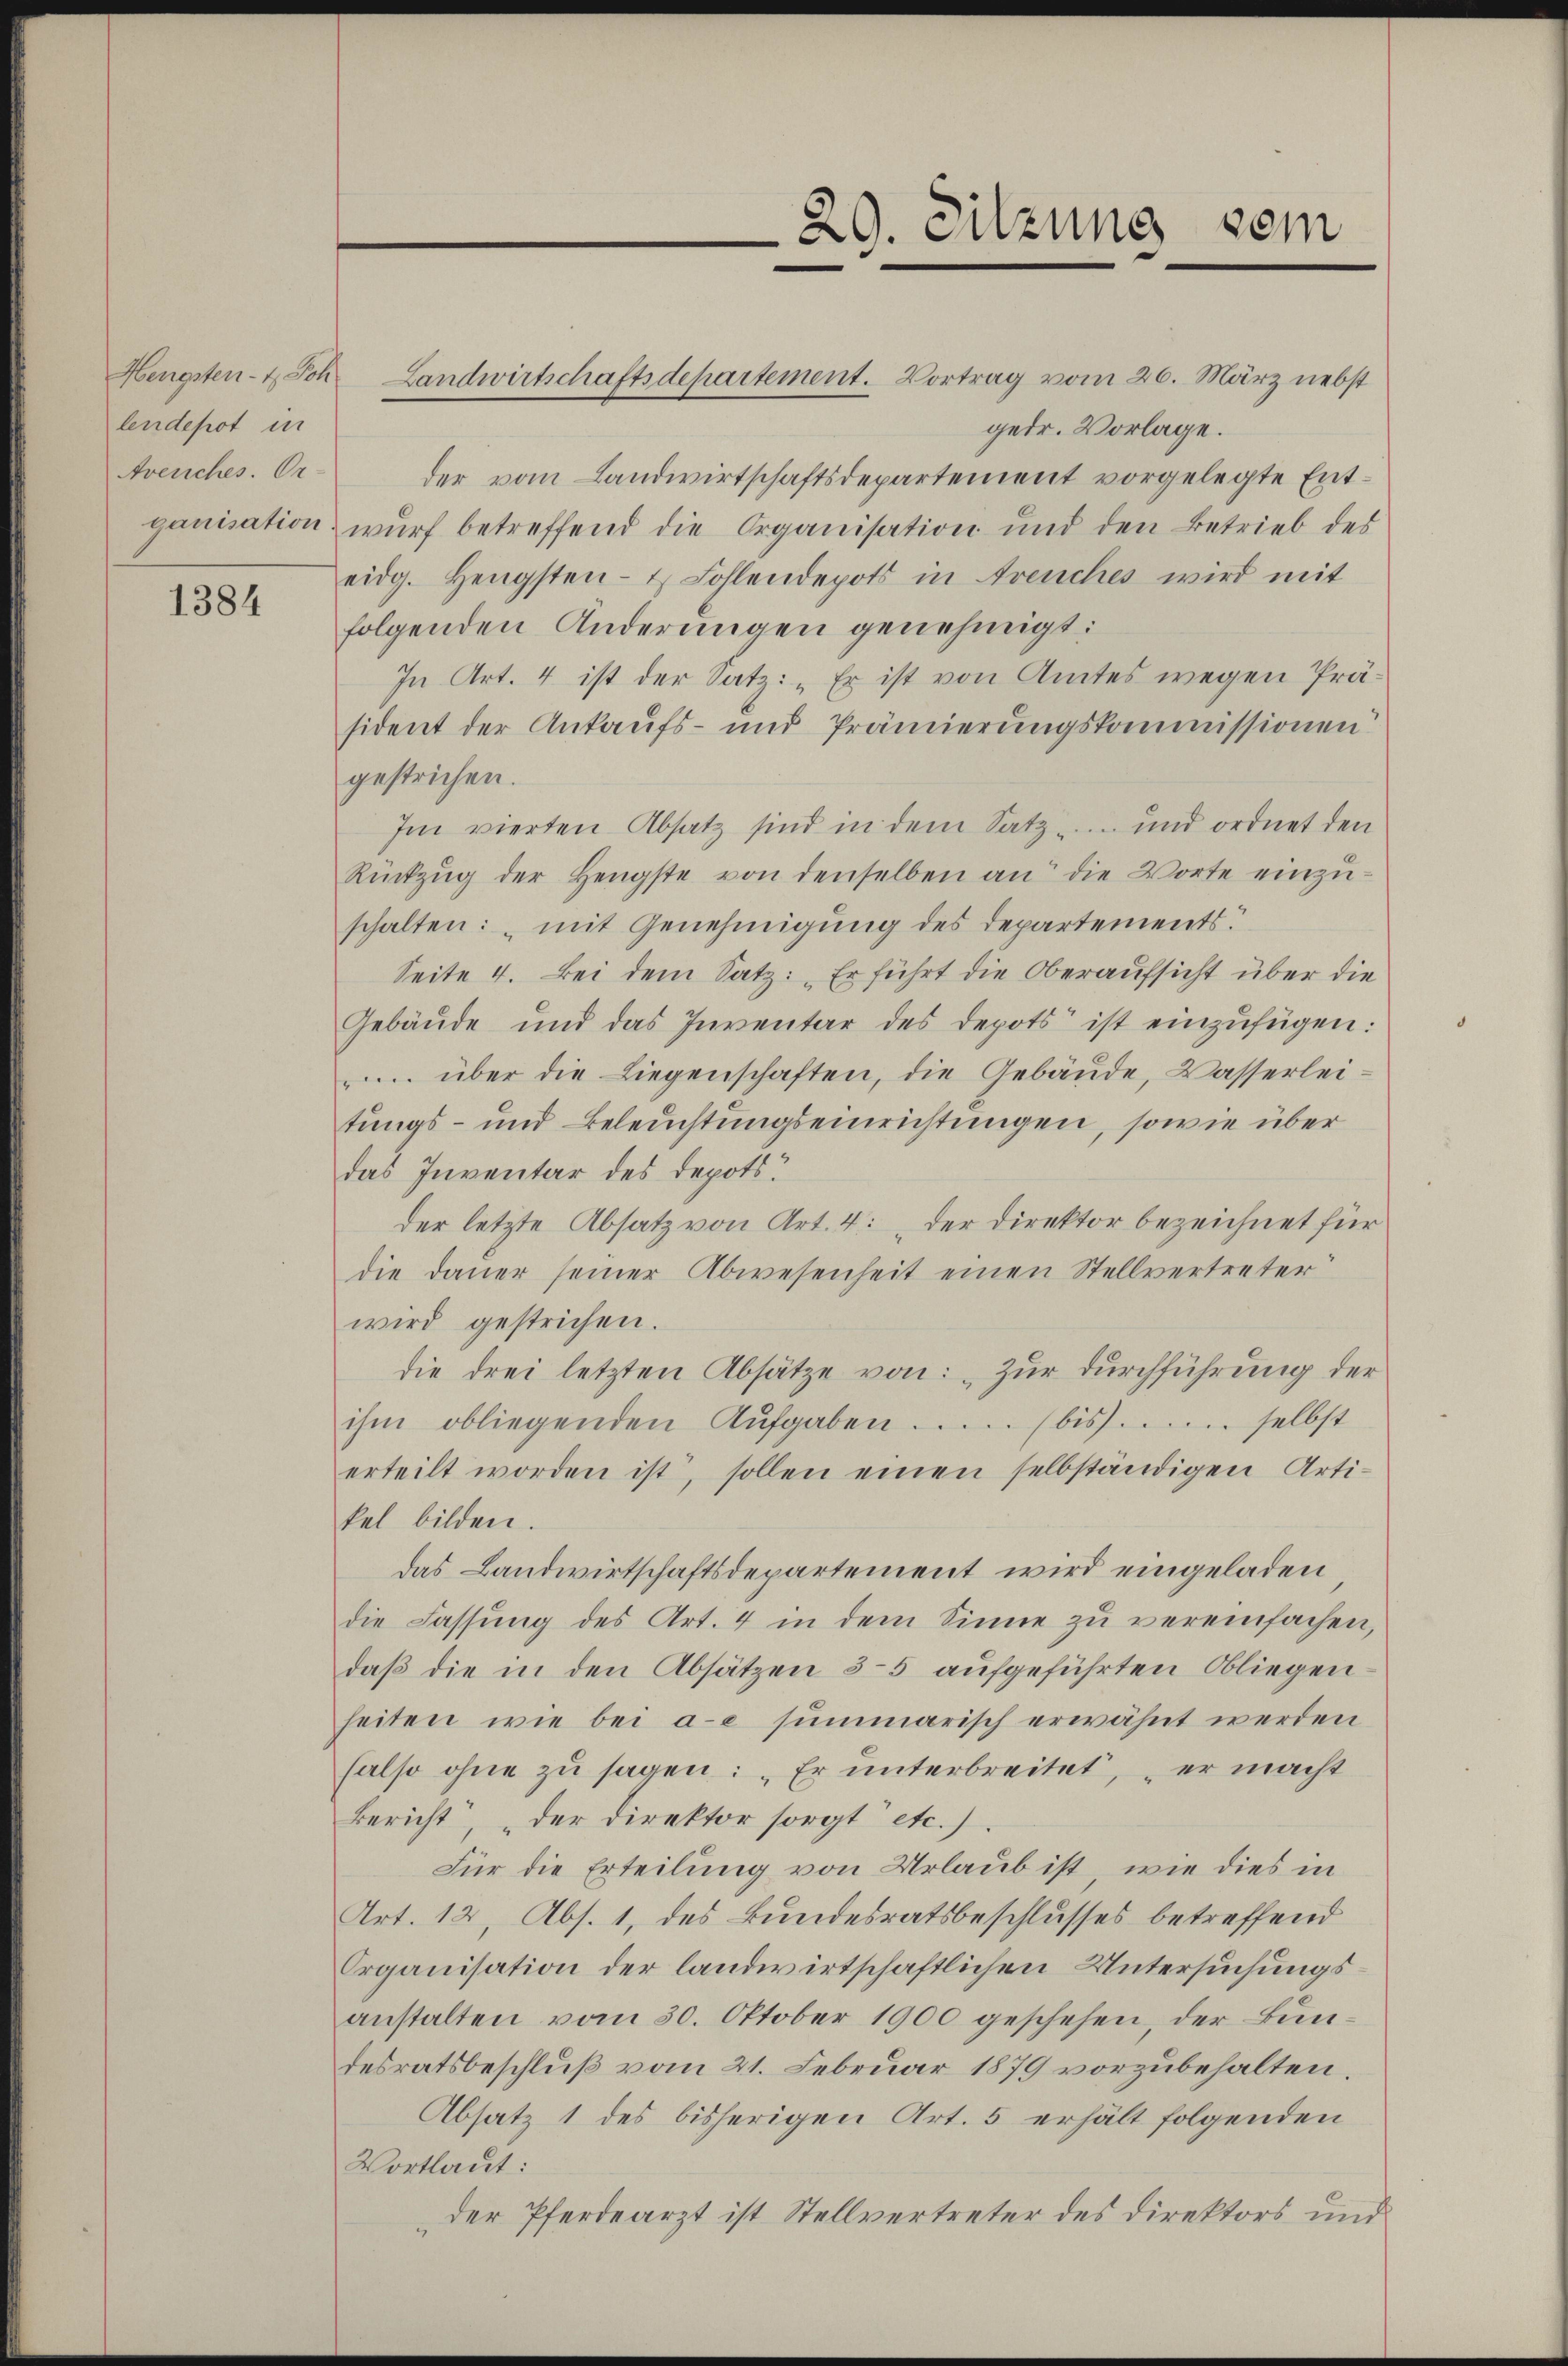
lendepot in
Avenches. Or-

1384

Hengsten- & Joh. Landwirtschaftsdepartement. Vortrag vom 26. März nebst

29. Sitzung vom

gedr. Vorlage.
der vom Landwirtschaftsdepartement vorgelegte Entganisation wurf betreffend die Organisation und den Betrieb des
eidg. Hengsten- & Fohlendepots in Areuches wird mit
folgenden Anderungen genehmigt:
In Art. 4 ist der Satz: „Er ist von Amtes wegen Präsident der Ankaufs- und Prämierŭngskommissionen
gestrichen.
Im vierten Absatz sind in dem Satz. und ordnet den
Rückzŭg der Hengste von denselben an die Worte einzŭ-
schalten: „mit Genehmigung des Departements.
Seite 4. Bei dem Satz: „Er führt die Oberaufsicht über die
Gebäŭde und das Inventar des Depots ist einzufügen:
 über die Liegenschaften, die Gebäude, Wasserlei-
tungs- und Beleuchtungseinrichtungen, sowie über
das Inventar des Depots:
der letzte Absatz von Art. 4: „der Direktor bezeichnet für
die dauer seiner Abwesenheit einen Stellvertreter
wird gestrichen.
die drei letzten Absätze von: „Zur Durchführung der
ihm obliegenden Aufgaben bis ..... selbst
erteilt worden ist, sollen einen selbständigen Artikel bilden.
das Landwirtschaftsdepartement wird eingeladen
die Fassung des Art. 4 in dem Sinne zu vereinfachen,
daß die in den Absätzen 35 aufgeführten Obliegen
heiten wie bei ac summarisch erwähnt werden
salso ohne zu sagen: „Er unterbreitet, er macht
Bericht, „der Direktor sorgt etc.)
Für die Erteilung von Urlaub ist, wie dies in
Art. 12, Abs. 1, des Bundesratsbeschlusses betreffend
Organisation der landwirtschaftlichen Untersuchungsanstalten vom 30. Oktober 1900 geschehen, der Bundesratsbeschluß vom 21. Februar 1879 vorzubehalten.
Absatz 1 des bisherigen Art. 5 erhält folgenden
Wortlaut:
der Pferdearzt ist Stellvertreter des Direktors und